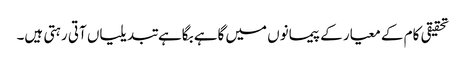
تحقیقی کام کے معیار کے پیمانوں میں گاہے بگاہے تبدیلیاں آتی رہتی ہیں۔